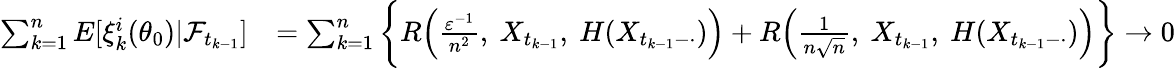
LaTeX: \begin{array}{rl}{\sum_{k=1}^{n}E[\xi_{k}^{i}(\theta_{0})|\mathcal{F}_{t_{k-1}}]}&{=\sum_{k=1}^{n}\bigg\{ R\Big(\frac{\varepsilon^{-1}}{n^{2}},~X_{t_{k-1}},~H(X_{t_{k-1}-\cdot})\Big)+R\Big(\frac{1}{n\sqrt{n}},~X_{t_{k-1}},~H(X_{t_{k-1}-\cdot})\Big)\bigg\} \rightarrow 0}\end{array}